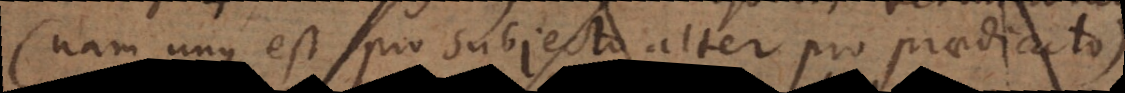
(nam unus est pro subjecto alter pro praedicato)